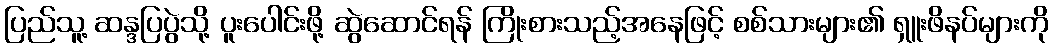
ပြည်သူ့ ဆန္ဒပြပွဲသို့ ပူးပေါင်းဖို့ ဆွဲဆောင်ရန် ကြိုးစားသည့်အနေဖြင့် စစ်သားများ၏ ရှူးဖိနပ်များကို